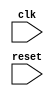
module synchronous_reset_block (
    input wire clk,
    input wire reset
);

reg q;

always @(posedge clk or negedge reset) begin
    if (reset == 0) begin
        // Perform actions for synchronous reset
        q <= 1'b0;
    end else begin
        // Perform other actions
        q <= 1'b1;
    end
end

endmodule